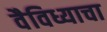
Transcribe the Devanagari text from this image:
वैविध्याचा